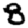
Digit: 8